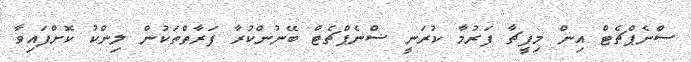
ސްނެޕްޗެޓް އިން މިފީޗާ ފަރުމާ ކުރަނީ ސްނެޕްޗެޓް ބޭނުންކުރާ ފަރާތްތަކުން ލިންކު ކޮށްފައިވާ